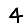
Digit: 4